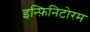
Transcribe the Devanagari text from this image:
इन्फ़िनिटोरम